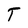
Character: T